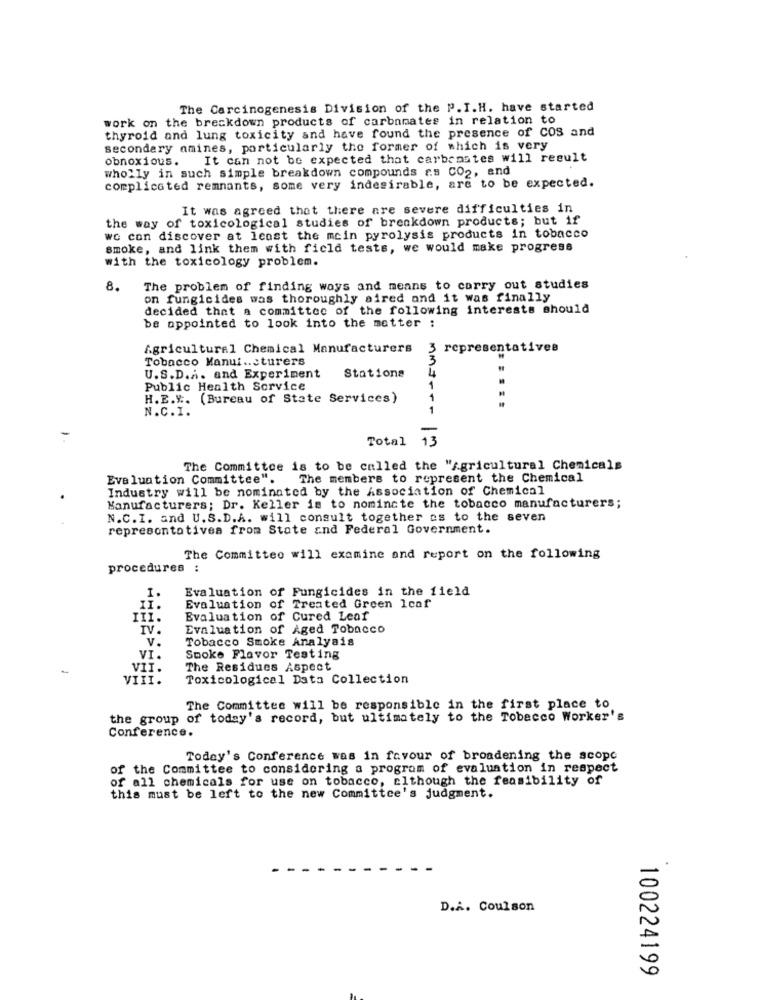
The Carcinogenesis Division of the P.I.H. have started
work on the breakdown products of carbamates in relation to
thyroid and lung toxicity and have found the presence of COS and
secondary amines, particularly the former of which is very
obnoxious.
It can not be expected that carbonates will result
wholly in such simple breakdown compounds as CO2, and
complicated remnants, some very indesirable, are to be expected.
It was agreed that there are severe difficulties in
the way of toxicological studies of breakdown products; but if
wo con discover at least the mein pyrolysis products in tobacco
smoke, and link them with field tests, we would make progress
with the toxicology problem.
8. The problem of finding ways and means to carry out studies
on fungicides was thoroughly aired and it was finally
decided that a committee of the following interests should
be appointed to look into the matter :
Agricultural Chemical Manufacturers
3 representatives
Tobacco Manui .. cturers
U.S.D.A. and Experiment
Stations
Public Health Service
1
H.E.y .. (Bureau of State Services)
N.C.I.
Total
The Committee is to be called the "Agricultural Chemicals
Evaluation Committee".
The members to represent the Chemical
Industry will be nominated by the Association of Chemical
Manufacturers; Dr. Keller is to nominate the tobacco manufacturers;
N.C.I. and U.S.D.A. will consult together as to the seven
representatives from State and Federal Government.
The Committee will examine and report on the following
procedures :
Evaluation of Fungicides in the field
II.
Evaluation of Treated Green Icof
Evaluation of Cured Leaf
IV
Evaluation of Aged Tobacco
V.
Tobacco Smoke Analysis
VI.
Smoke Flavor Testing
-
VII.
The Residues Aspect
VIII.
Toxicological Data Collection
The Committee will be responsible in the first place to
the group of today's record, but ultimately to the Tobacco Worker's
Conference.
Today's Conference was in favour of broadening the scope
of the Committee to considering a program of evaluation in respect
of all chemicals for use on tobacco, although the feasibility of
this must be left to the new Committee's judgment.
D.A. Coulson
100224199